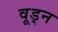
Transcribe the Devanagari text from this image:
वूड्न